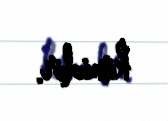
kimidir.